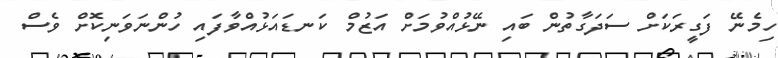
ހިމެނޭ ފަގީރަކަށް ސަދަގާތުން ބައި ނޭޅުއްވުމަށް އަޒުމް ކަނޑައަޅުއްވާފައި ހުންނަވަނިކޮށް ވެސް